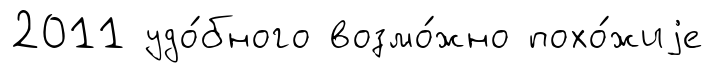
2011 удо́бного возмо́жно похо́жиjе